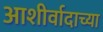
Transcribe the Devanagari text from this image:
आशीर्वादाच्या